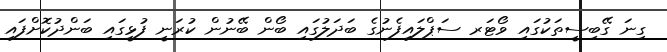
ގިނަ ގޭބިސީތަކުގައި ވޯޓަރ ސަޕްލައިފެނުގެ ބަދަލުގައި ބޯން ބޭނުން ކުރަނީ ފުޅީގައި ބަންދުކޮށްފައި